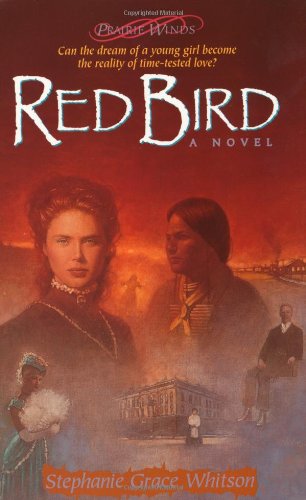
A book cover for Red Bird (Prairie Winds Series #3); Stephanie Grace Whitson; Religion & Spirituality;